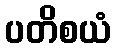
ပတိစယံ